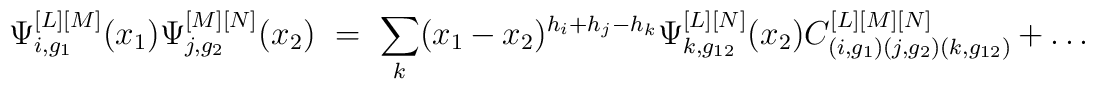
\Psi_{i,g_1}^{[L][M]}(x_1)        \Psi_{j,g_2}^{[M][N]}(x_2)        \ =\         \sum_k        (x_1-x_2)^{h_i+h_j-h_k}        \Psi_{k,g_{12}}^{[L][N]}(x_2)        C_{(i,g_1) (j,g_2) (k,g_{12})}^{[L][M][N]}        + \dots